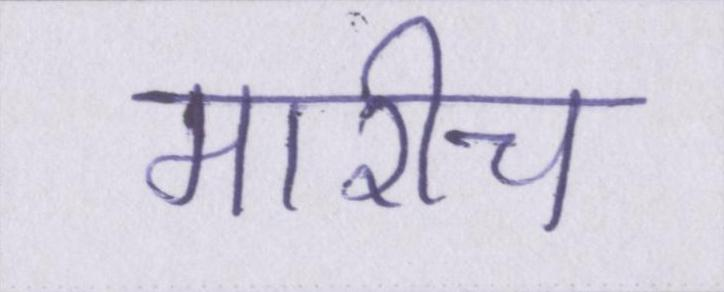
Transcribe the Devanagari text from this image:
मारीच